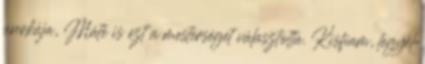
unokája, Máté is ezt a mesterséget választotta. Kisfiam, legyél